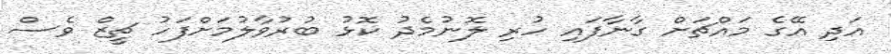
އަދި އޭގެ މައްޗަށް ގާނާފައި ހުރި ލޮނުމެދު ކޮޅު ބުރުވާލުމަށްފަހު ޗީޒް ވެސް